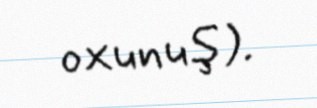
oxunuş).